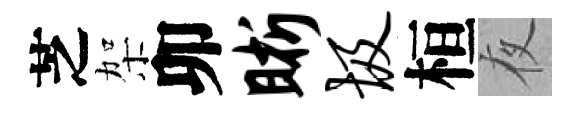
芝架卯晰圾桓夜